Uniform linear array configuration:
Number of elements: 16
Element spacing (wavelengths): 1
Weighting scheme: hamming
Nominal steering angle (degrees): -60
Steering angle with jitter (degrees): -60.173
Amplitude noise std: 0.05
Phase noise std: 0.05

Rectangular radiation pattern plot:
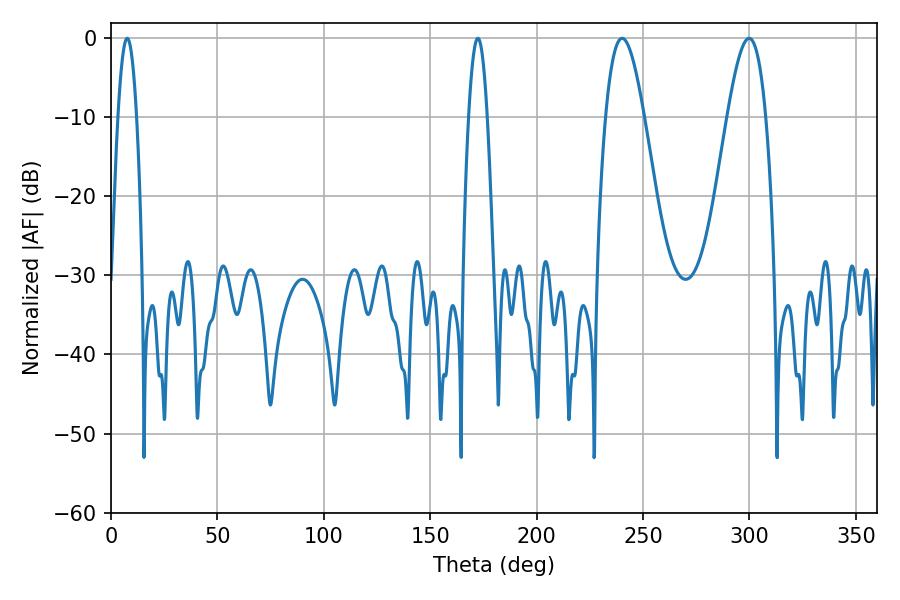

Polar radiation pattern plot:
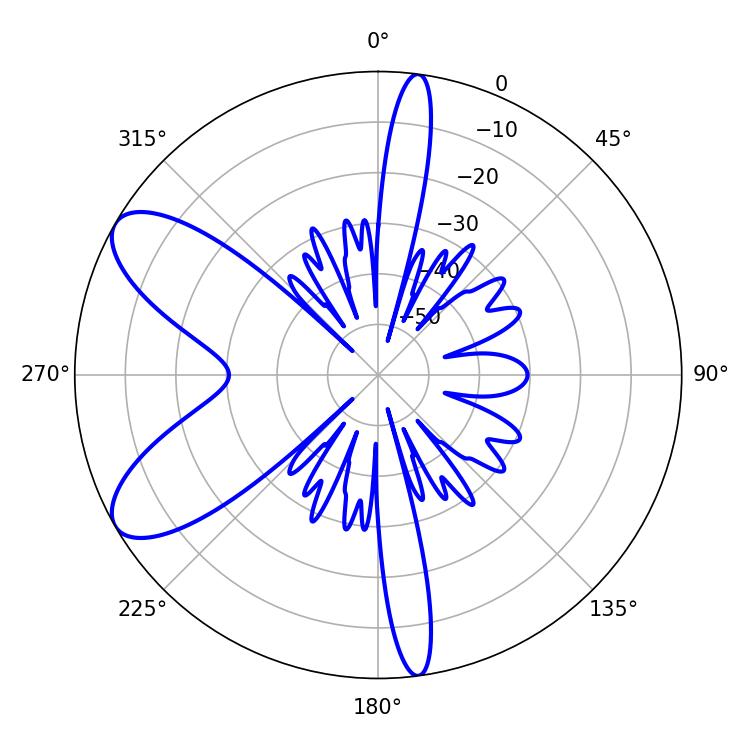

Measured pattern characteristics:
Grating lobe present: TRUE
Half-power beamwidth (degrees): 9.9
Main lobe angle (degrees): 240.12